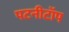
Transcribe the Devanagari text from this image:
पटनीटॉप